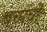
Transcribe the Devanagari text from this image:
बच्पचों